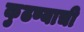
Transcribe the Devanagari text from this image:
कुढण्याची